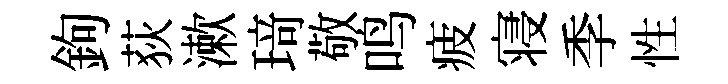
鉤荻漱𤦺敬鸣疲寝季性